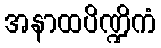
အနာထပိဏ္ဍိကံ